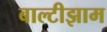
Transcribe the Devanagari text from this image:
बाल्टीझाम